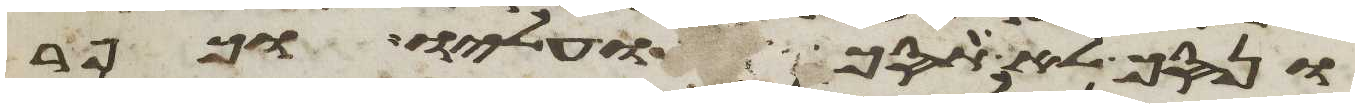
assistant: ונסך לא תסכו עליו וכפר